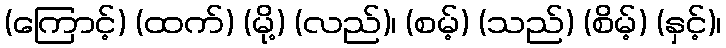
(ကြောင့်) (ထက်) (မို့) (လည်)၊ (စမ့်) (သည်) (စိမ့်) (နှင့်)၊